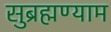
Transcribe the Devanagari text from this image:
सुब्रह्मण्याम